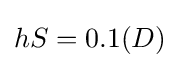
{hS}={0.1(D)}